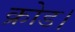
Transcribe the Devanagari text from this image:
क्रोड।